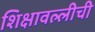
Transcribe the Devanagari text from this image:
शिक्षावल्लीची